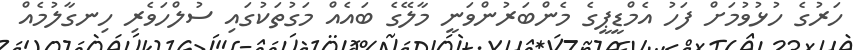
ހަރުގެ ހުޅުވުމަށް ފަހު އެމްޑީޕީގެ މެންބަރުންވަނީ މާލޭގެ ބައެއް މަގުތަކުގައި ސުލްހަވެރި ހިނގާލުމެއް